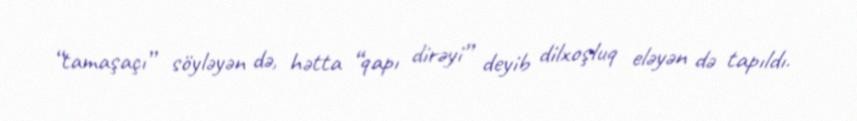
“tamaşaçı” söyləyən də, hətta “qapı dirəyi” deyib dilxoşluq eləyən də tapıldı.